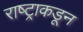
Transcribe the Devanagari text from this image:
राष्ट्राकडून